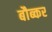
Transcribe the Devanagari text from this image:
बौब्कर